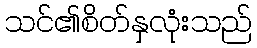
သင်၏စိတ်နှလုံးသည်